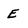
Character: E